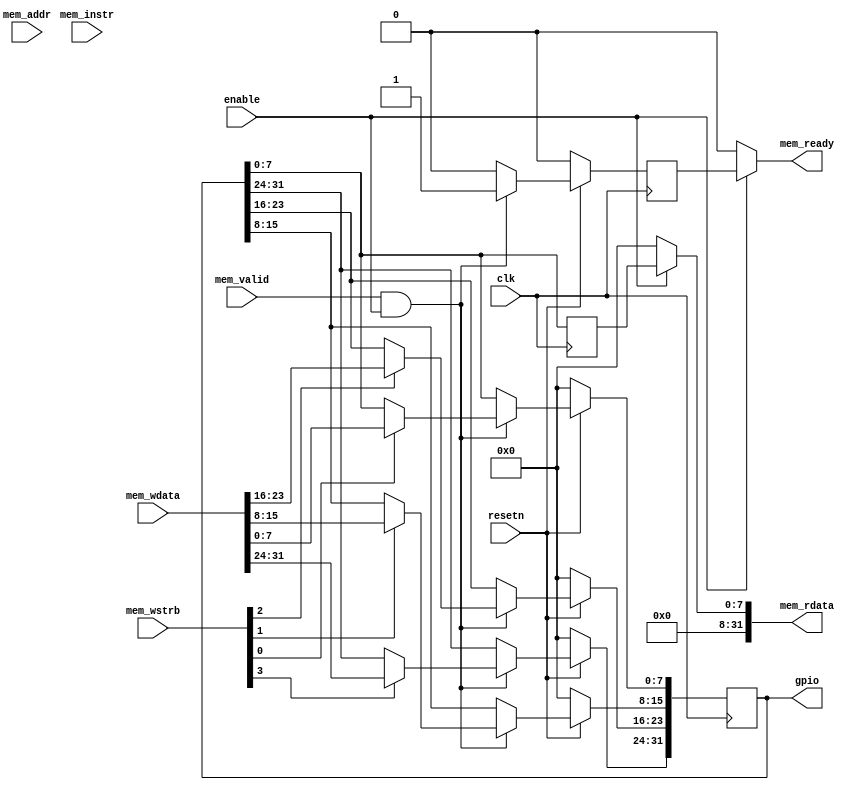
module gpio (
	     // Bus interface
	     input wire 	clk,
	     input wire 	resetn,
	     input wire 	enable,
	     input wire 	mem_valid,
	     output wire 	mem_ready,
	     input wire 	mem_instr,
	     input wire [3:0] 	mem_wstrb,
	     input wire [31:0] 	mem_wdata,
	     input wire [31:0] 	mem_addr,
	     output wire [31:0] mem_rdata,

	     // gpio interface
	     output reg [31:0] 	gpio
	     );

   reg [7:0] 			q;
   reg 				rdy;

   always @(posedge clk) begin
      if (!resetn) begin
         rdy <= 0;
         q <= 0;
         gpio <= 0;
      end else if (mem_valid & enable) begin
         if (mem_wstrb[0])
           gpio[7:0] <= mem_wdata[7:0];
         if (mem_wstrb[1])
           gpio[15:8] <= mem_wdata[15:8];
         if (mem_wstrb[2])
           gpio[23:16] <= mem_wdata[23:16];
         if (mem_wstrb[3])
           gpio[31:24] <= mem_wdata[31:24];
         rdy <= 1;
      end else begin
         rdy <= 0;
      end
      q <= gpio;
   end

   // Wire-OR'ed bus outputs.
   assign mem_rdata = enable ? q : 1'b0;
   assign mem_ready = enable ? rdy : 1'b0;

endmodule